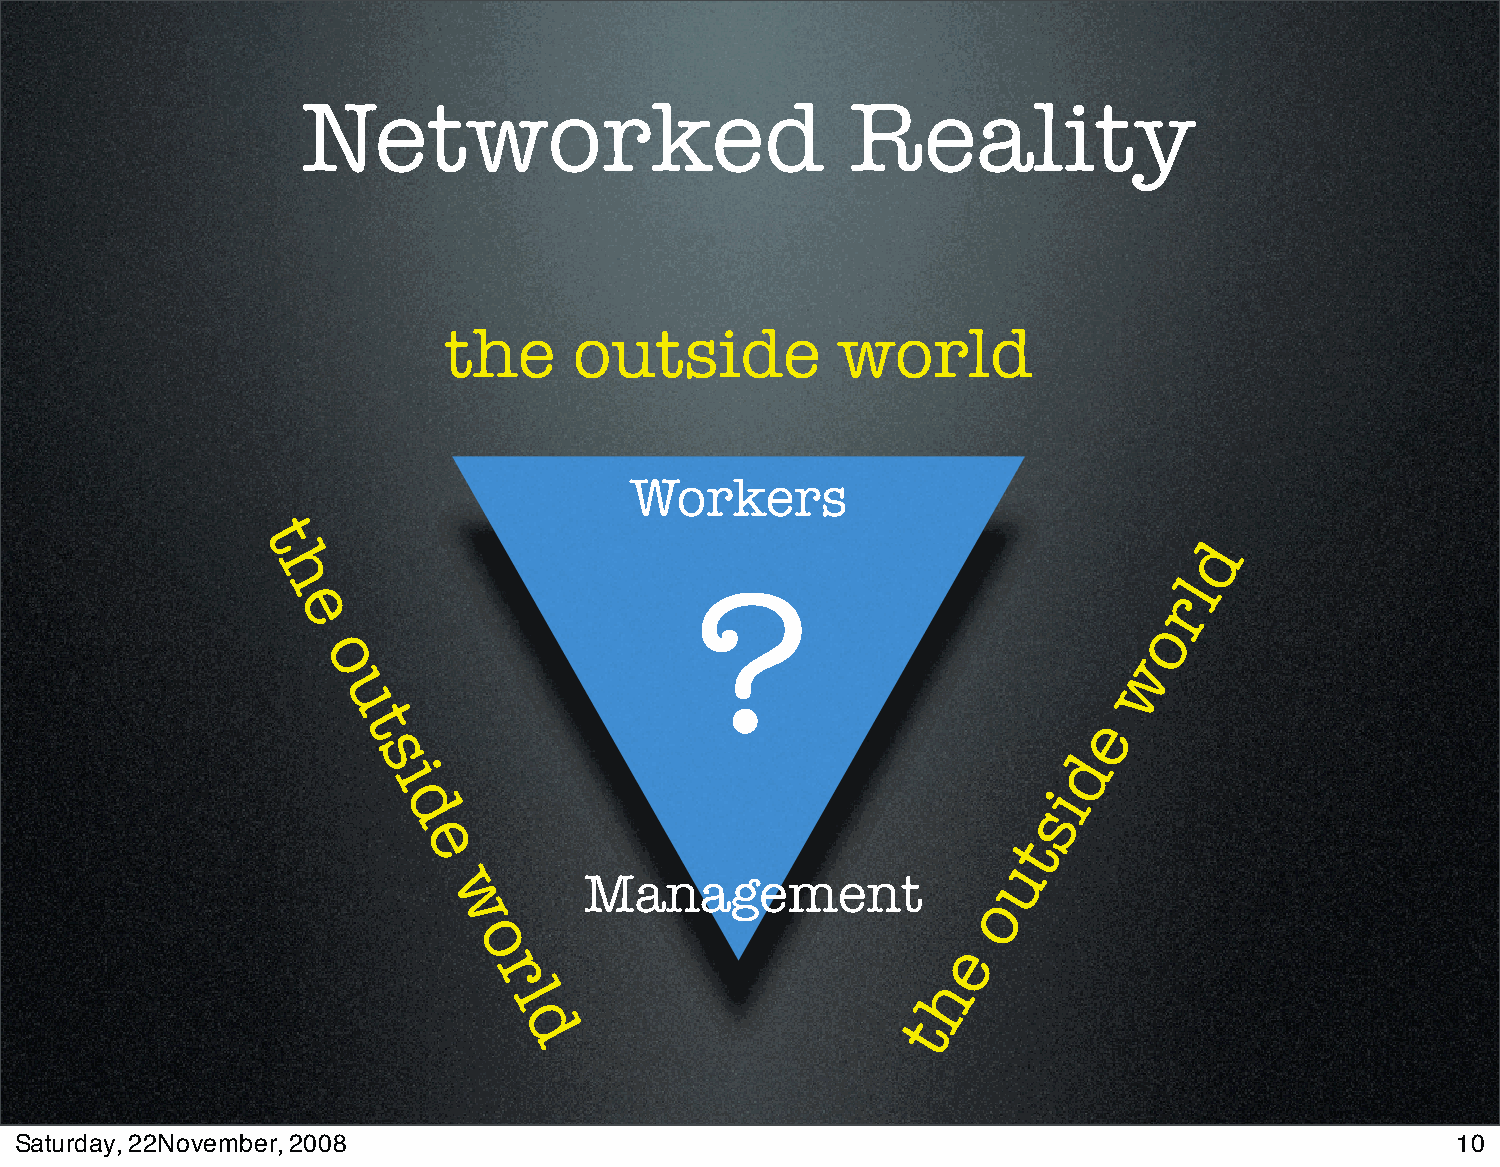
Networked                           Reality
 the      outside          world
 Workers
 t                                                              d
 h                                                            l
 ?                              r
 e
 o
 o                                                      w
 u
 e
 t
 s                                              d
 i
 i
 d                                          s
 t
 e
 u
 Management
 w                                   o
 o                               e
 r                             h
 l
 t
 d
 Saturday, 22November, 2008                                                                     10